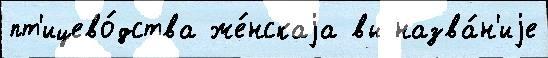
пт'ицево́дства же́нскаjа вы назва́н'иjе